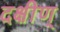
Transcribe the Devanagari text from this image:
दक्षीण्